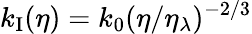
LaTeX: k_{\mathrm{I}}(\eta)=k_{0}(\eta/\eta_{\lambda})^{-2/3}